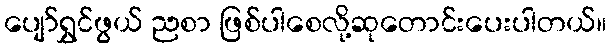
ပျော်ရွှင်ဖွယ် ညစာ ဖြစ်ပါစေလို့ဆုတောင်းပေးပါတယ်။